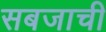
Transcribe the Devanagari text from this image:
सबजाची